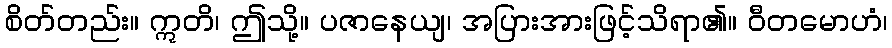
စိတ်တည်း။ ဣတိ၊ ဤသို့။ ပဇာနေယျ၊ အပြားအားဖြင့်သိရာ၏။ ဝီတမောဟံ၊